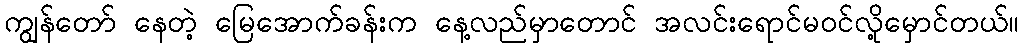
ကျွန်တော် နေတဲ့ မြေအောက်ခန်းက နေ့လည်မှာတောင် အလင်းရောင်မဝင်လို့မှောင်တယ်။